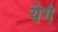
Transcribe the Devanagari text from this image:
येगं